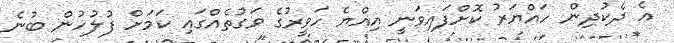
އެ ދެކުދިން ހައްޔަރު ކޮށްފައިވަނީ އިއްޔެ ހަވީރުގެ ވަގުތެއްގައި ކަމަށް ފުލުހުން ބުނެ